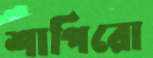
শাপিরো